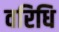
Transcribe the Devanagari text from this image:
वरिधि